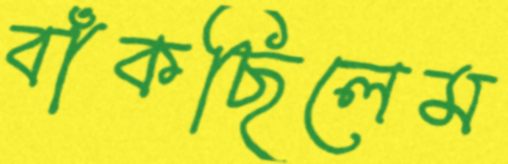
বাঁকছিলেম